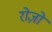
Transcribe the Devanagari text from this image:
रोज़ो